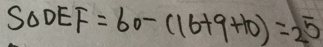
S _ { \Delta D E F } = 6 0 - ( 1 6 + 9 + 1 0 ) = 2 5